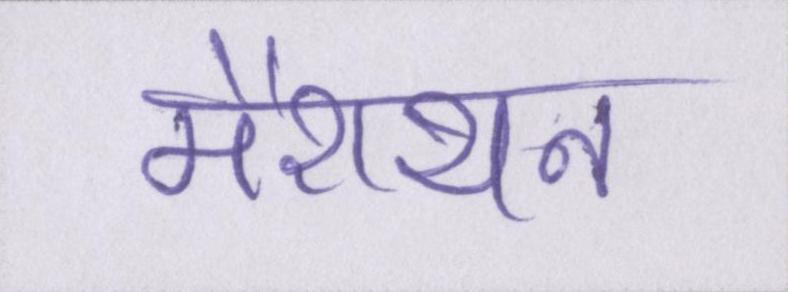
मैराथन